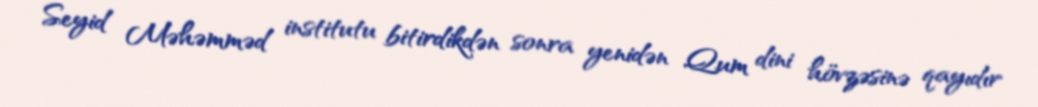
Seyid Məhəmməd institutu bitirdikdən sonra yenidən Qum dini hövzəsinə qayıdır